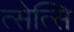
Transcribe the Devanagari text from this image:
त्सेत्सि